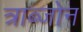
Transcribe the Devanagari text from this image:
त्राब्जोन